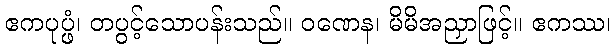
ဧကပုပ္ဖံ၊ တပွင့်သောပန်းသည်။ ဝဏေန၊ မိမိအညှာဖြင့်။ ဧကဿ၊